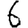
Digit: 6